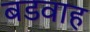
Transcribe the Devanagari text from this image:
बडवाह